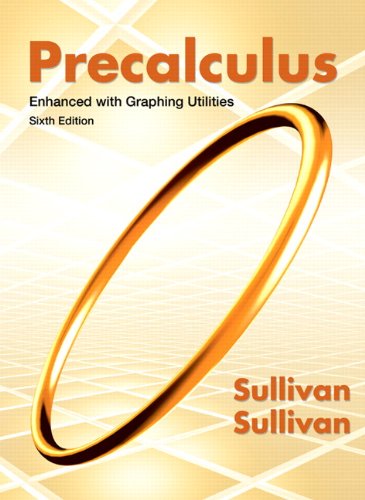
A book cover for Precalculus Enhanced with Graphing Utilities (6th Edition); Michael Sullivan; Science & Math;